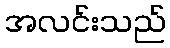
အလင်းသည်